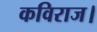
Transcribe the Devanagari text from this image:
कविराज।